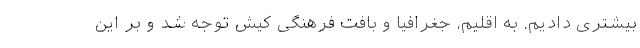
بیشتری دادیم. به اقلیم، جغرافیا و بافت فرهنگی کیش توجه شد و بر این